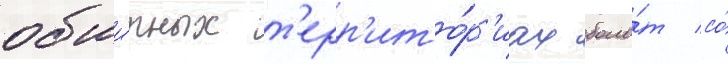
обши́рных т'ерр'ито́р'иах боло́т со́